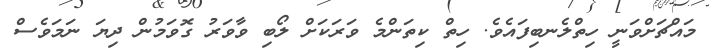
މައްޗަށްވަނީ ހިތްލެނބިފައެވެ. ހިތް ކިތަންމެ ވަރަކަށް ލޯބި ވާވަރު ގޮވަމުން ދިޔަ ނަމަވެސް